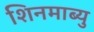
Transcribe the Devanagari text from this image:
शिनमाब्यु